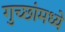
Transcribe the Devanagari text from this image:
गुच्छांमध्ये